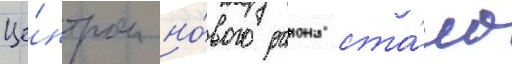
Це́нтром но́вого раиона ста́ло